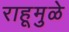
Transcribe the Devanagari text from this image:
राहूमुळे